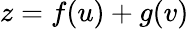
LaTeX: z=f(u)+g(v)